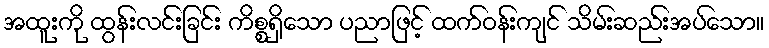
အထူးကို ထွန်းလင်းခြင်း ကိစ္စရှိသော ပညာဖြင့် ထက်ဝန်းကျင် သိမ်းဆည်းအပ်သော။